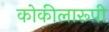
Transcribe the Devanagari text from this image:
कोकीलारूपी